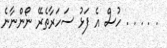
. . . . . ހުސް އެ ފަޅު ސަހަރާތެރޭ ނޯންނާނެ